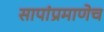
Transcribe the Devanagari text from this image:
सापांप्रमाणेच